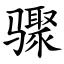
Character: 骤